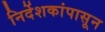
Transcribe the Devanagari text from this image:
निर्देशकांपासून